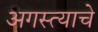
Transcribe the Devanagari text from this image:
अगस्त्याचे